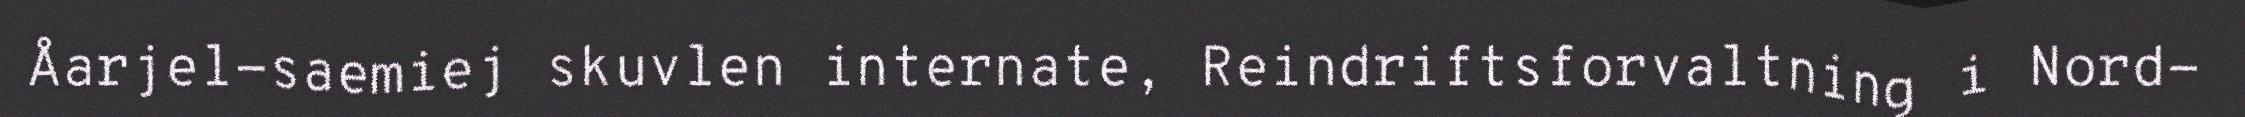
Åarjel-saemiej skuvlen internate, Reindriftsforvaltning i Nord-